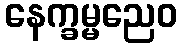
နေက္ခမ္မညေဝ